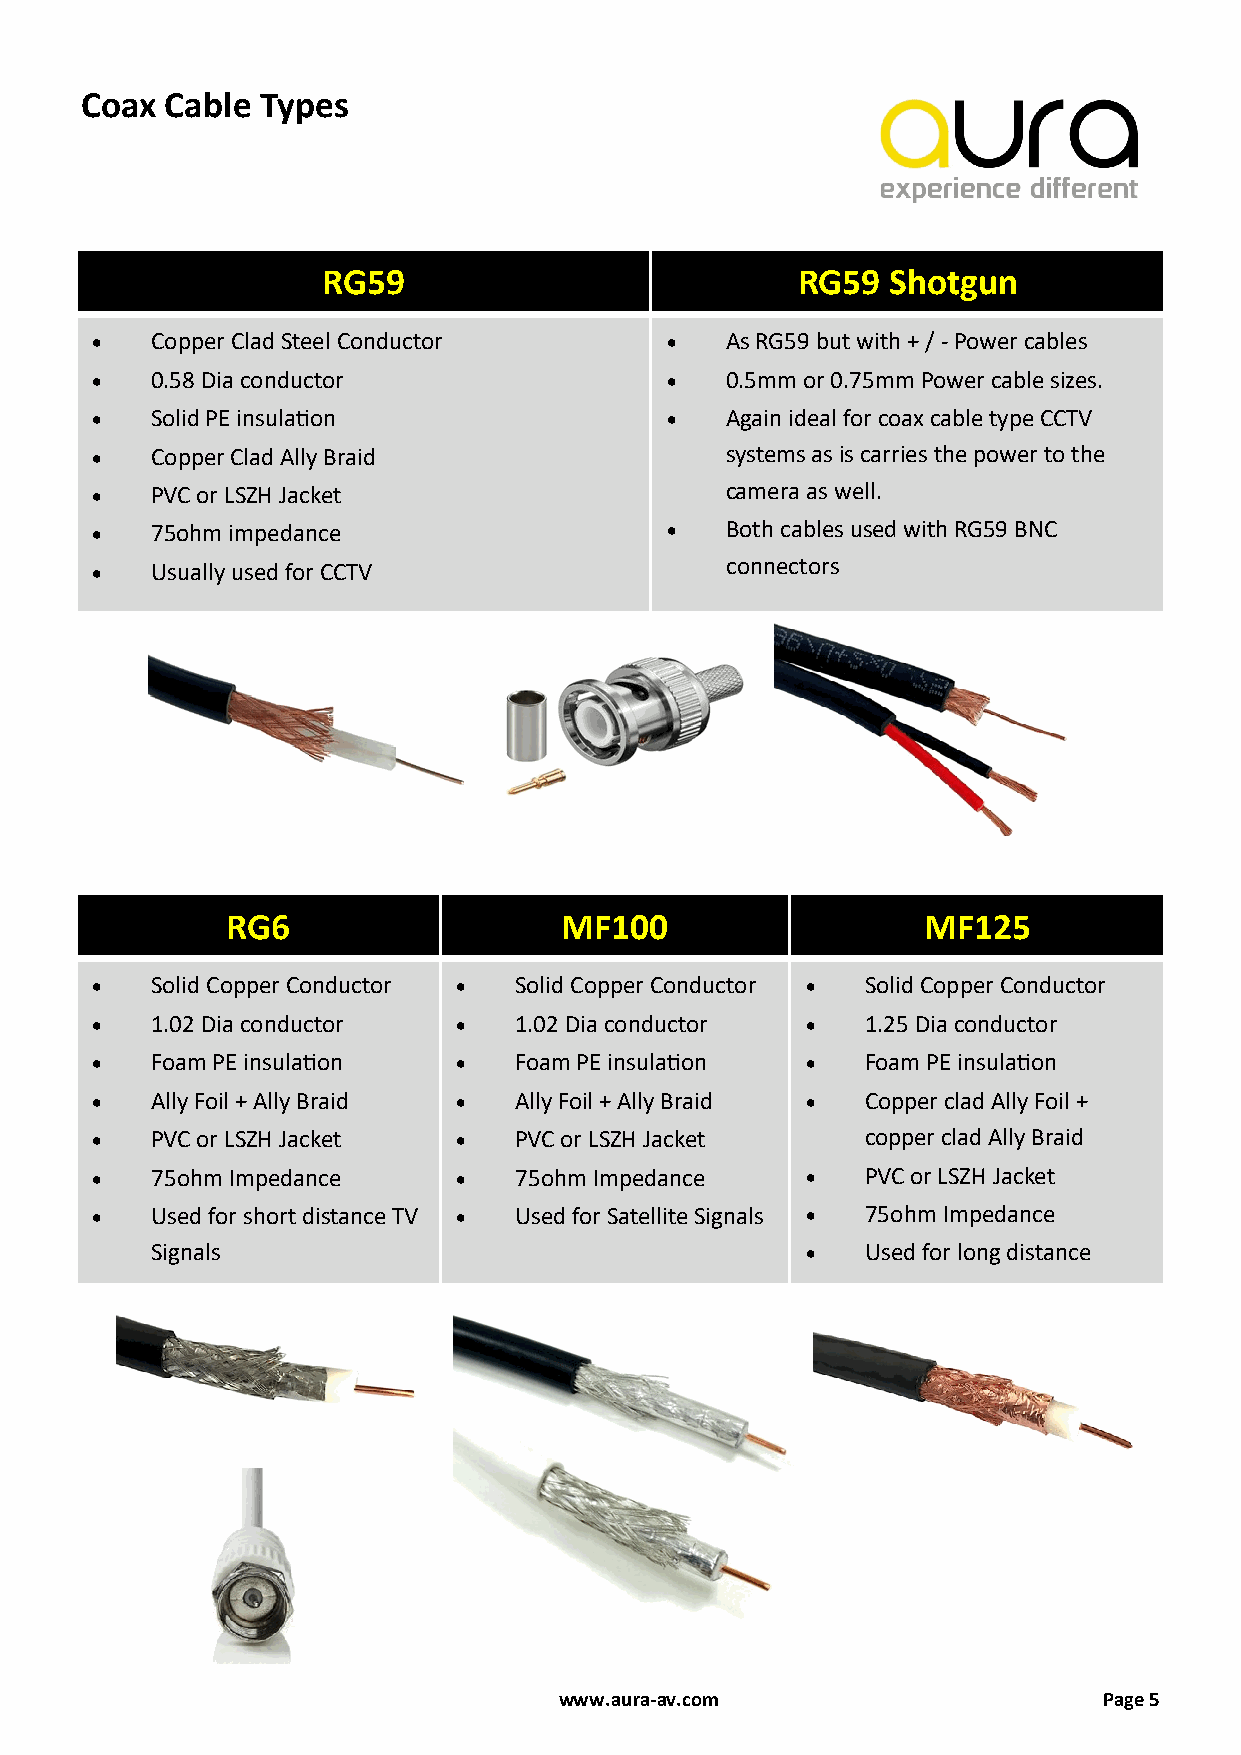
Coax  Cable Types
 RG59                            RG59  Shotgun
 •   Copper Clad Steel Conductor       •   As RG59 but with + / - Power cables
 •   0.58 Dia conductor                •   0.5mm or 0.75mm Power cable sizes.
 •   Solid PE insulation               •   Again ideal for coax cable type CCTV
 •   Copper Clad Ally Braid                systems as is carries the power to the
 •   PVC or LSZH Jacket                    camera as well.
 •   75ohm impedance                   •   Both cables used with RG59 BNC
 •   Usually used for CCTV                 connectors
 RG6                   MF100                   MF125
 •   Solid Copper Conductor • Solid Copper Conductor • Solid Copper Conductor
 •   1.02 Dia conductor  •   1.02 Dia conductor •   1.25 Dia conductor
 •   Foam PE insulation  •   Foam PE insulation •   Foam PE insulation
 •   Ally Foil + Ally Braid • Ally Foil + Ally Braid • Copper clad Ally Foil +
 •   PVC or LSZH Jacket  •   PVC or LSZH Jacket     copper clad Ally Braid
 •   75ohm Impedance     •   75ohm Impedance    •   PVC or LSZH Jacket
 •   Used for short distance TV • Used for Satellite Signals • 75ohm Impedance
 Signals                                    •   Used for long distance
 www.aura-av.com                     Page 5